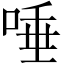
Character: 唾